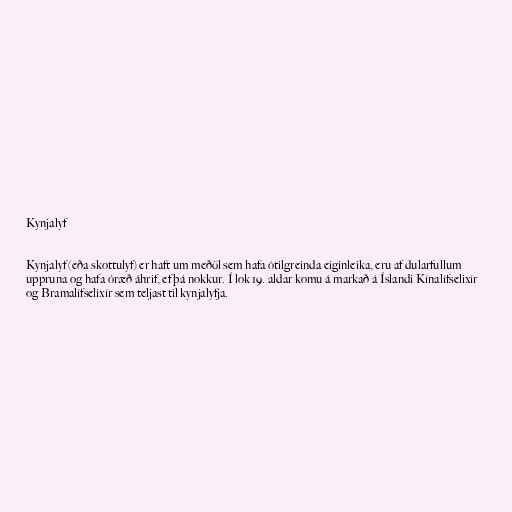
Kynjalyf

Kynjalyf (eða skottulyf) er haft um meðöl sem hafa ótilgreinda eiginleika, eru af dularfullum
uppruna og hafa óræð áhrif, ef þá nokkur. Í lok 19. aldar komu á markað á Íslandi Kínalífselixír
og Bramalífselixír sem teljast til kynjalyfja.